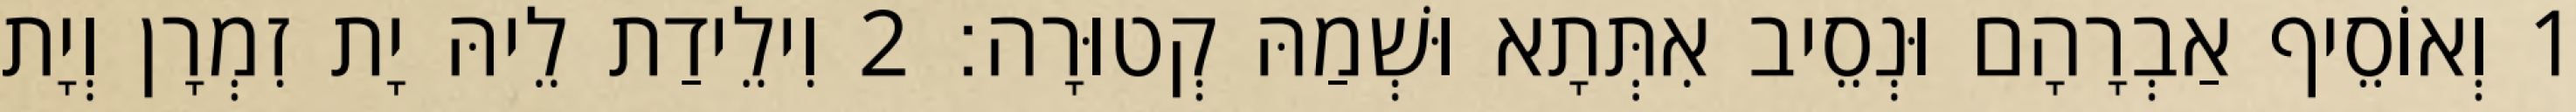
1 וְאוֹסֵיף אַבְרָהָם וּנְסֵיב אִתְּתָא וּשְׁמַהּ קְטוּרָה׃ 2 וִילֵידַת לֵיהּ יָת זִמְרָן וְיָת